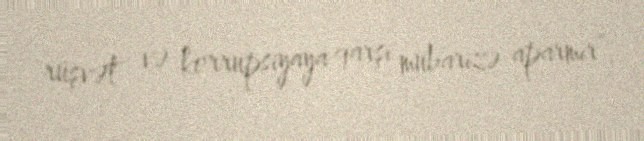
rüşvət və korrupsiyaya qarşı mübarizə aparmır”.